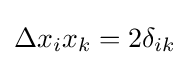
\Delta x_{i}x_{k}=2\delta _{ik}